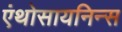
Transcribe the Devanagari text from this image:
एंथोसायनिन्स